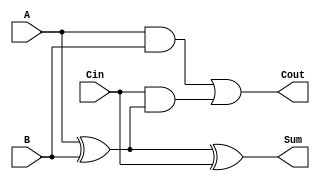
module full_adder (
    input wire A,      // Input bit 1
    input wire B,      // Input bit 2
    input wire Cin,    // Carry-in bit
    output wire Sum,   // Sum output
    output wire Cout   // Carry-out output
);

    // Calculate Sum using XOR gates
    assign Sum = A ^ B ^ Cin;

    // Calculate Cout using AND and OR gates
    assign Cout = (A & B) | (Cin & (A ^ B));

endmodule